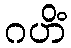
ဂဟိံ